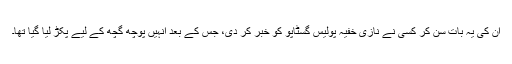
ان کی یہ بات سن کر کسی نے نازی خفیہ پولیس گسٹاپو کو خبر کر دی، جس کے بعد انہیں پوچھ گچھ کے لیے پکڑ لیا گیا تھا۔